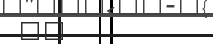
٣٠